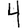
Digit: 4